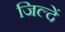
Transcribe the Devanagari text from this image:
जिल्दें